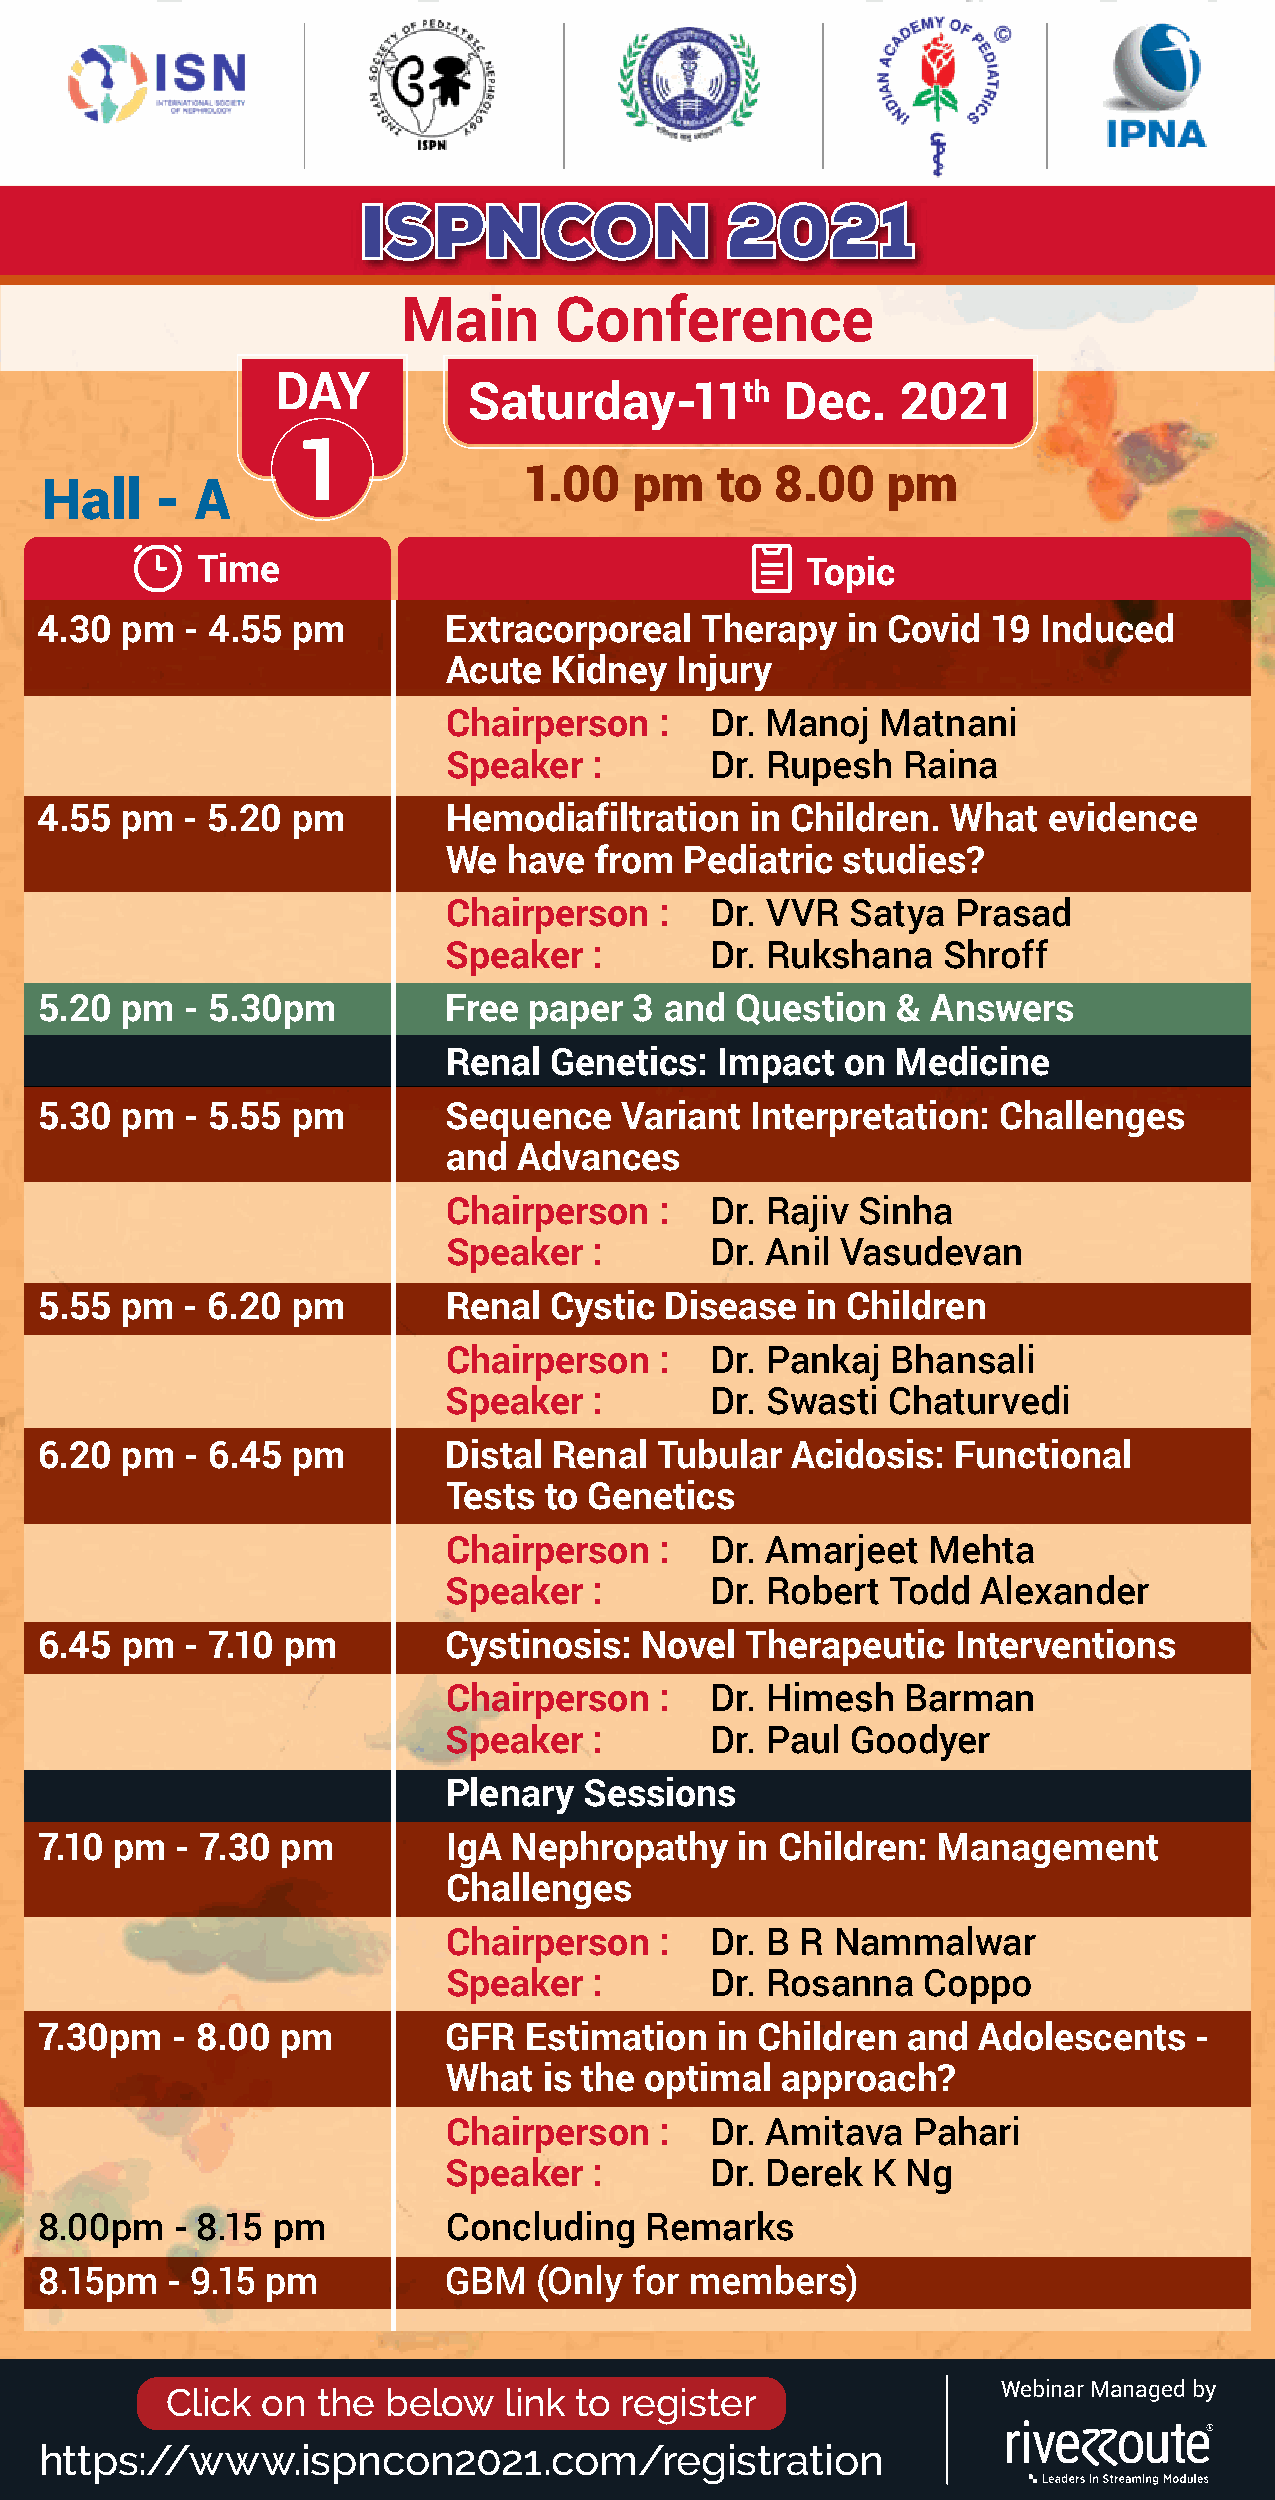
ISPNCON                 2021
 Main      Conference
 DAY
 Saturday      -11th  Dec.    2021
 1
 11..0000 ppmm ttoo 88..0000 ppmm
 Hall   -  A
 Time                                    Topic
 4.30  pm  - 4.55 pm        Extracorporeal   Therapy   in Covid  19 Induced
 Acute   Kidney  Injury
 Chairperson    :  Dr. Manoj  Matnani
 Speaker   :       Dr. Rupesh   Raina
 4.55  pm  - 5.20 pm        Hemodiafiltration    in Children. What  evidence
 We   have from  Pediatric  studies?
 Chairperson    :  Dr. VVR  Satya  Prasad
 Speaker   :       Dr. Rukshana   Shroff
 5.20  pm  - 5.30pm         Free  paper  3 and  Question  &  Answers
 Renal Genetics:  Impact   on Medicine
 5.30  pm  - 5.55 pm        Sequence    Variant  Interpretation: Challenges
 and Advances
 Chairperson   :  Dr. Rajiv Sinha
 Speaker  :       Dr. Anil Vasudevan
 5.55  pm  - 6.20 pm         Renal Cystic  Disease  in Children
 Chairperson   :  Dr. Pankaj  Bhansali
 Speaker  :       Dr. Swasti  Chaturvedi
 6.20  pm  - 6.45 pm         Distal Renal Tubular  Acidosis:  Functional
 Tests to Genetics
 Chairperson   :  Dr. Amarjeet  Mehta
 Speaker  :       Dr. Robert  Todd  Alexander
 6.45  pm  - 7.10 pm         Cystinosis: Novel  Therapeutic   Interventions
 Chairperson   :  Dr. Himesh   Barman
 Speaker  :       Dr. Paul Goodyer
 Plenary  Sessions
 7.10 pm   - 7.30 pm         IgA Nephropathy    in Children: Management
 Challenges
 Chairperson   :  Dr. B R Nammalwar
 Speaker  :       Dr. Rosanna   Coppo
 7.30pm   - 8.00  pm         GFR  Estimation  in Children  and  Adolescents   -
 What  is the optimal  approach?
 Chairperson   :  Dr. Amitava  Pahari
 Speaker  :       Dr. Derek  K Ng
 8.00pm    - 8.15 pm         Concluding   Remarks
 8.15pm   - 9.15 pm          GBM   (Only for members)
 Click on  the below   link to register                 Webinar Managed by
 https://www.ispncon2021.com/registration